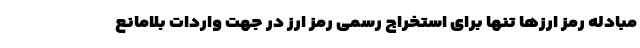
مبادله رمز ارزها تنها برای استخراج رسمی رمز ارز در جهت واردات بلامانع